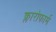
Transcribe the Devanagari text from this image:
क्लारोफार्म